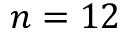
n = 1 2